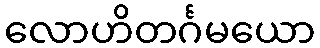
လောဟိတင်္ဂမယော